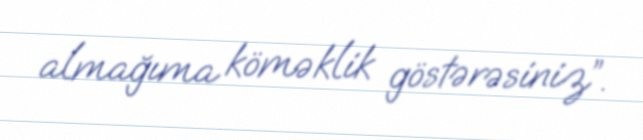
almağıma köməklik göstərəsiniz”.